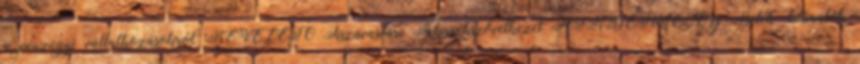
a pénzügyi vállalkozásokról BEVEZETŐ Tiszavasvári Takarékszövetkezet HIRDETMÉNY Betéti Okiratok